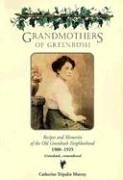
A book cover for Grandmothers of Greenbush: Recipes and Memories of the Old Greenbush Neighborhood; Catherine Tripalin Murray; Cookbooks, Food & Wine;